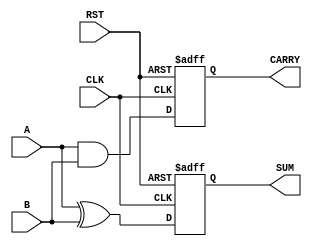
module sequential_half_adder (
    input wire A,       // First input bit
    input wire B,       // Second input bit
    input wire CLK,     // Clock signal
    input wire RST,     // Reset signal
    output reg SUM,     // Output: sum
    output reg CARRY    // Output: carry
);

    // Internal state registers to hold previous sum and carry values
    reg prev_sum;
    reg prev_carry;

    // Sequential logic block
    always @(posedge CLK or posedge RST) begin
        if (RST) begin
            // Reset state registers to zero
            prev_sum <= 1'b0;
            prev_carry <= 1'b0;
            SUM <= 1'b0;
            CARRY <= 1'b0;
        end else begin
            // Compute current sum and carry
            SUM <= A ^ B;         // SUM = A XOR B
            CARRY <= A & B;      // CARRY = A AND B

            // Update previous state registers
            prev_sum <= SUM;
            prev_carry <= CARRY;
        end
    end

endmodule